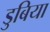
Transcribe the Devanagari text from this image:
डुबिया